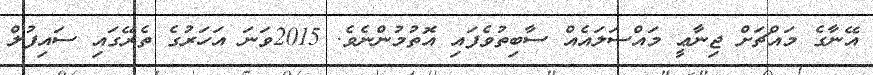
އޭނާގެ މައްޗަށް ޖިނާޢީ މައްސަލައެއް ސާބިތުވެފައި އޮތުމުންނެވެ. 2015ވަނަ އަހަރުގެ ތެރޭގައި ސައިފުލް